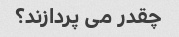
چقدر می پردازند؟